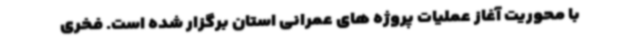
با محوریت آغاز عملیات پروژه های عمرانی استان برگزار شده است. فخری